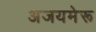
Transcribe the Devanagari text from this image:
अजयमेरू